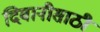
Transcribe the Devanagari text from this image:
दिवानीसाठी